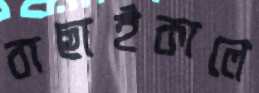
বাছাইকালে